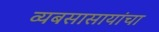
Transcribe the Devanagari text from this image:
व्यबसासायांचा